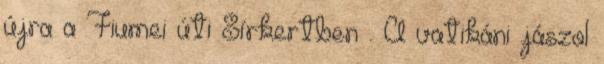
újra a Fiumei úti Sírkertben . A vatikáni jászol